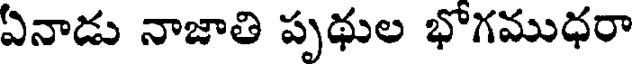
ఏనాడు నాజాతి పృథుల భోగముధరా